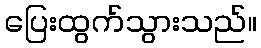
ပြေးထွက်သွားသည်။